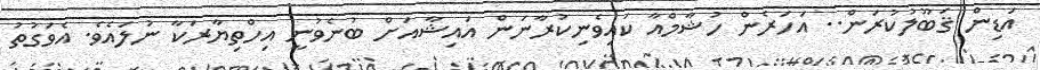
އަޑިން ޤަބޫލުކުރަން.. އަހަރެން ހުޝާމްއާ ކައިވެނިކުރާނަން އައިޝާއަށް ބުނެވުނީ އިހްތިޔާރަކާ ނުލައެވެ. އެވަގުތު